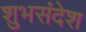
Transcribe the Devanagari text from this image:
शुभसंदेश